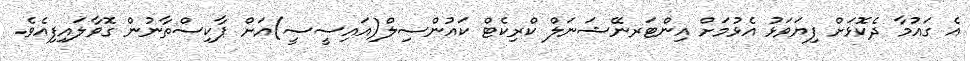
އެ ގައުމާ ދެކޮޅަށް ފިޔަވަޅު އެޅުމަށް އިންޓަރނޭޝަނަލް ކްރިކެޓް ކަައުންސިލް(އައިސީސީ)އަށް ޕާކިސްތާނުން ގޮވާލައިފިއެެވެ.